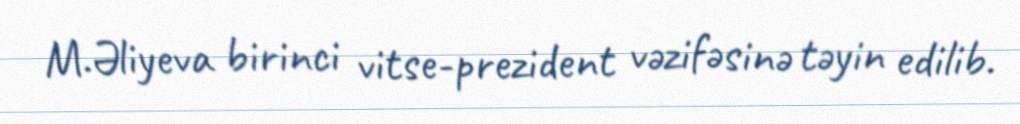
M.Əliyeva birinci vitse-prezident vəzifəsinə təyin edilib.